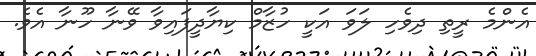
އެންމެ ރީތި ދިވެހި ލަވަ އަކީ ހުޒާމް ކިޔާދީފައިވާ ވޭނާ ހޫނާ އެވެ.